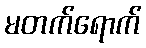
မတက်ရောက်